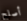
أصلح